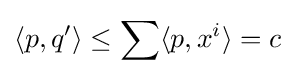
\langle p,q'\rangle \leq \sum \langle p,x^{i}\rangle =c